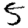
Digit: 5